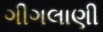
ગીગલાણી